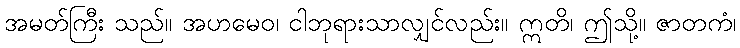
အမတ်ကြီး သည်။ အဟမေဝ၊ ငါဘုရားသာလျှင်လည်း။ ဣတိ၊ ဤသို့။ ဇာတကံ၊